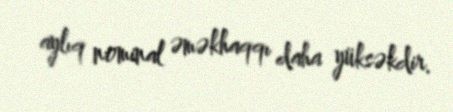
aylıq nominal əməkhaqqı daha yüksəkdir.